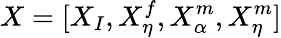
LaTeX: X=[X_{I},X_{\eta}^{f},X_{\alpha}^{m},X_{\eta}^{m}]